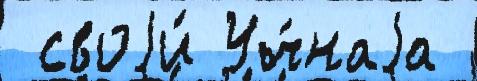
 своjи́ Уч́наjа